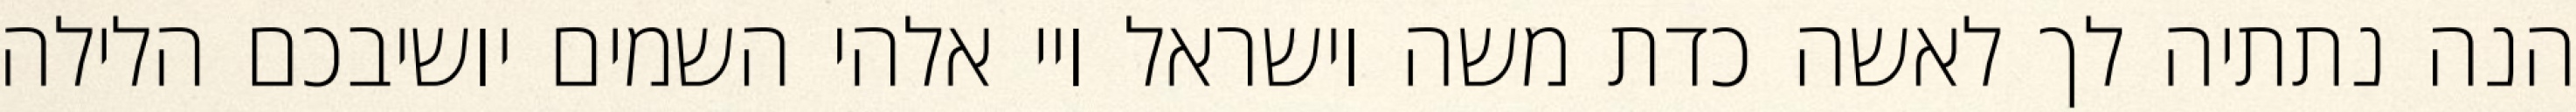
הנה נתתיה לך לאשה כדת משה וישראל ויי אלהי השמים יושיבכם הלילה